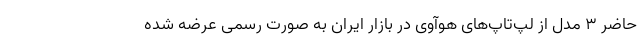
حاضر 3 مدل از لپ‌تاپ‌های هوآوی در بازار ایران به صورت رسمی عرضه شده